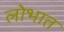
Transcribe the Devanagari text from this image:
लोभात